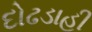
દોઢડાહી